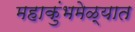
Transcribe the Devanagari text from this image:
महाकुंभमेळ्यात